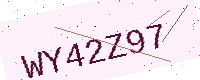
Text: WY42Z97